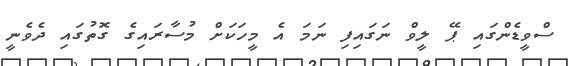
ސްވީޑެންގައި ޕޭ ލީވް ނަގައިފި ނަމަ އެ މީހަކަށް މުސާރައިގެ ގޮތުގައި ދެވެނީ